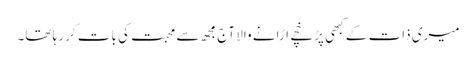
میری ذات کے کبھی پڑخچے اڑانے والا آج مجھ سے محبت کی بات کر رہا تھا۔